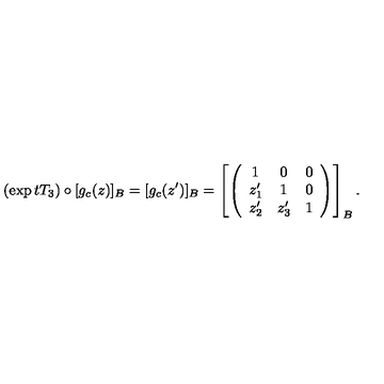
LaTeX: ( \exp t T _ { 3 } ) \circ [ g _ { c } ( z ) ] _ { B } = [ g _ { c } ( z ^ { \prime } ) ] _ { B } = \left[ \left( \begin{array} { c c c } { 1 } & { 0 } & { 0 } \\ { z _ { 1 } ^ { \prime } } & { 1 } & { 0 } \\ { z _ { 2 } ^ { \prime } } & { z _ { 3 } ^ { \prime } } & { 1 } \\ \end{array} \right) \right] _ { B } .